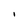
Character: I